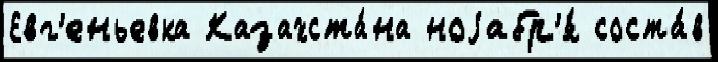
Евг'еньевка Казахста́на ноjабр'я́ соста́в